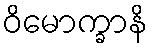
ဝိမောက္ခာနိ